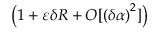
\left( 1 + \varepsilon \delta R + O [ \left( \delta \alpha \right) ^ { 2 } ] \right)